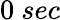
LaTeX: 0~sec